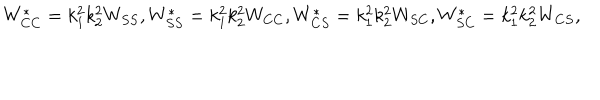
LaTeX: W _ { C C } ^ { * } = k _ { 1 } ^ { 2 } k _ { 2 } ^ { 2 } W _ { S S } , W _ { S S } ^ { * } = k _ { 1 } ^ { 2 } k _ { 2 } ^ { 2 } W _ { C C } , W _ { C S } ^ { * } = k _ { 1 } ^ { 2 } k _ { 2 } ^ { 2 } W _ { S C } , W _ { S C } ^ { * } = k _ { 1 } ^ { 2 } k _ { 2 } ^ { 2 } W _ { C S } ,